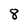
Character: 8